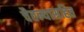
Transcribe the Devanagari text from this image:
चैतन्यासहित